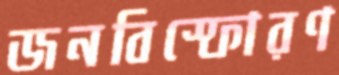
জনবিস্ফোরণ